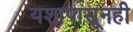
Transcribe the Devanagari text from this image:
यशापासूनही